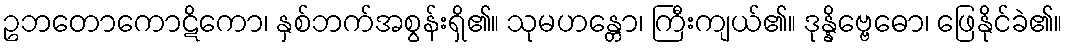
ဥဘတောကောဋိကော၊ နှစ်ဘက်အစွန်းရှိ၏။ သုမဟန္တော၊ ကြီးကျယ်၏။ ဒုန္နိဗ္ဗေဓော၊ ဖြေနိုင်ခဲ၏။